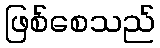
ဖြစ်စေသည်